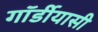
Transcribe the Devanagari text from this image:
गॉर्डीयासी